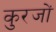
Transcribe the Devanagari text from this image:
कुरजों